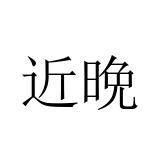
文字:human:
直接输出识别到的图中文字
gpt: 近晩